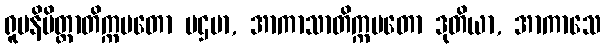
ရူပနိမိတ္တာတိက္ကမတော ပဌမာ, အာကာသာတိက္ကမတော ဒုတိယာ, အာကာသေ